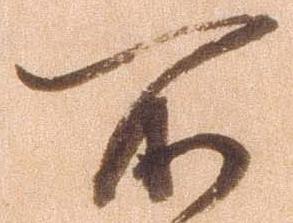
不